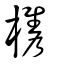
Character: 欈